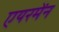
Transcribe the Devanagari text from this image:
एयरमेंन